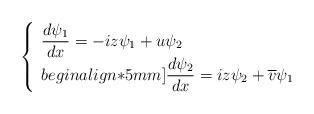
LaTeX: \begin{align*}\left\{ \begin{array}{l}\dfrac{d\psi_1}{dx} = -i z \psi_1 + u \psi_2 \\begin{align*}5mm]\dfrac{d\psi_2}{dx} = i z \psi_2 + \overline v \psi_1\end{array}\right.\end{align*}